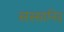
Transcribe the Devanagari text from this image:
सस्सानिद